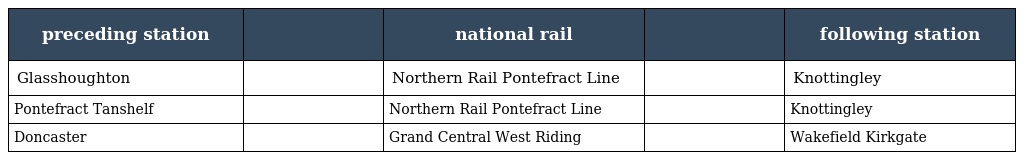
| preceding station |  | national rail |  | following station |
 | --- | --- | --- | --- | --- |
 | Glasshoughton |  | Northern Rail Pontefract Line |  | Knottingley |
 | Pontefract Tanshelf |  | Northern Rail Pontefract Line |  | Knottingley |
 | Doncaster |  | Grand Central West Riding |  | Wakefield Kirkgate |